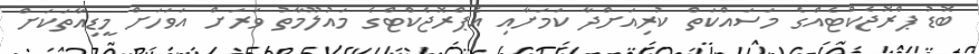
ބޮޑު ޕްރޮޖެކްޓެއްގެ މަސައްކަތް ކުރިއަށްދާ ކަމަށާއި އެޕްރޮޖެކްޓްގެ މައުލޫމާތު ވަރަށް އަވަހަށް މީޑިއާތަކަށް